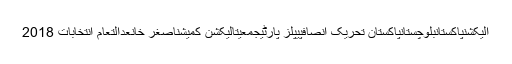
الیکشنپاکستانبلوچستانپاکستان تحریک انصافپیپلز پارٹیجمعیتالیکشن کمیشناصغر خانعدالتعام انتخابات 2018